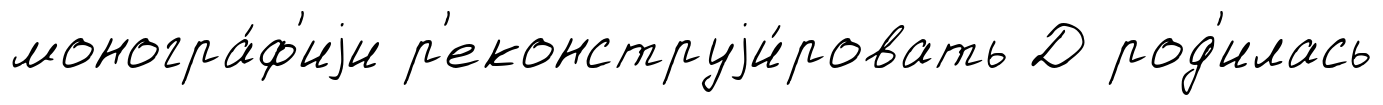
моногра́ф'иjи р'еконструjи́ровать Д род'илась